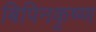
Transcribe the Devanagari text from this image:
बिपिनकृष्ण